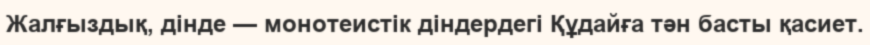
Жалғыздық, дінде — монотеистік діндердегі Құдайға тән басты қасиет.